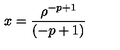
x = { \frac { \rho ^ { - p + 1 } } { ( - p + 1 ) } }